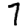
Digit: 7